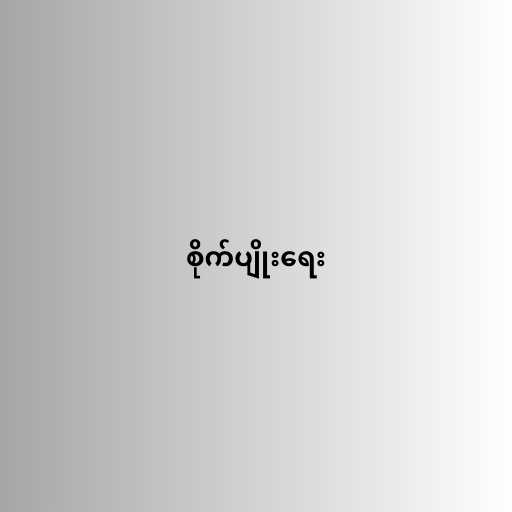
စိုက်ပျိုးရေး